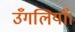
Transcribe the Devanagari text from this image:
उँगलियाँ।